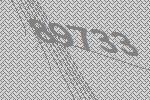
89733